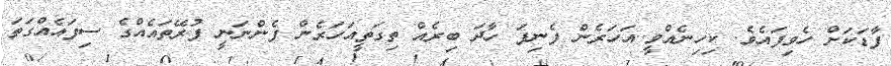
ފާޑަކަށް ހެވިފައެވެ. ކިހިނެއްވީ..އަހަރެން ފެނިފަ ހާދަ ބިރެއް ތިގަތީއަހަރެން ފެންނަނީ ފުރޭތައެއްގެ ސިފައެއްގަތަ